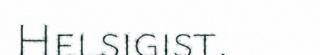
Helsigist.